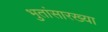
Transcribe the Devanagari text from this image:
भुतांसारख्या